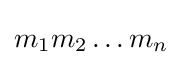
m_{1}m_{2}\dots m_{n}